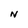
Character: N